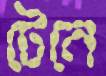
টেনে